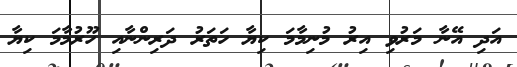
އަދި އޭނާ މަރުވި އިރު މުނިމާމަ ކިޔާ ހަތަރު ދަރިންނާއި ހޫރުމާމަ ކިޔާ